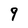
Character: 9